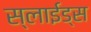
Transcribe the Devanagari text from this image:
स्लाईड्स